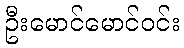
ဦးမောင်မောင်ဝင်း